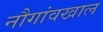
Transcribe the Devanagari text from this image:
नौगांवखाल